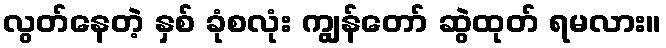
လွတ်နေတဲ့ နှစ် ခုံစလုံး ကျွန်တော် ဆွဲထုတ် ရမလား။